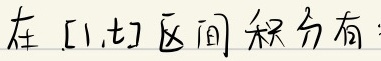
在 \([1,t]\) 区间 积分有：